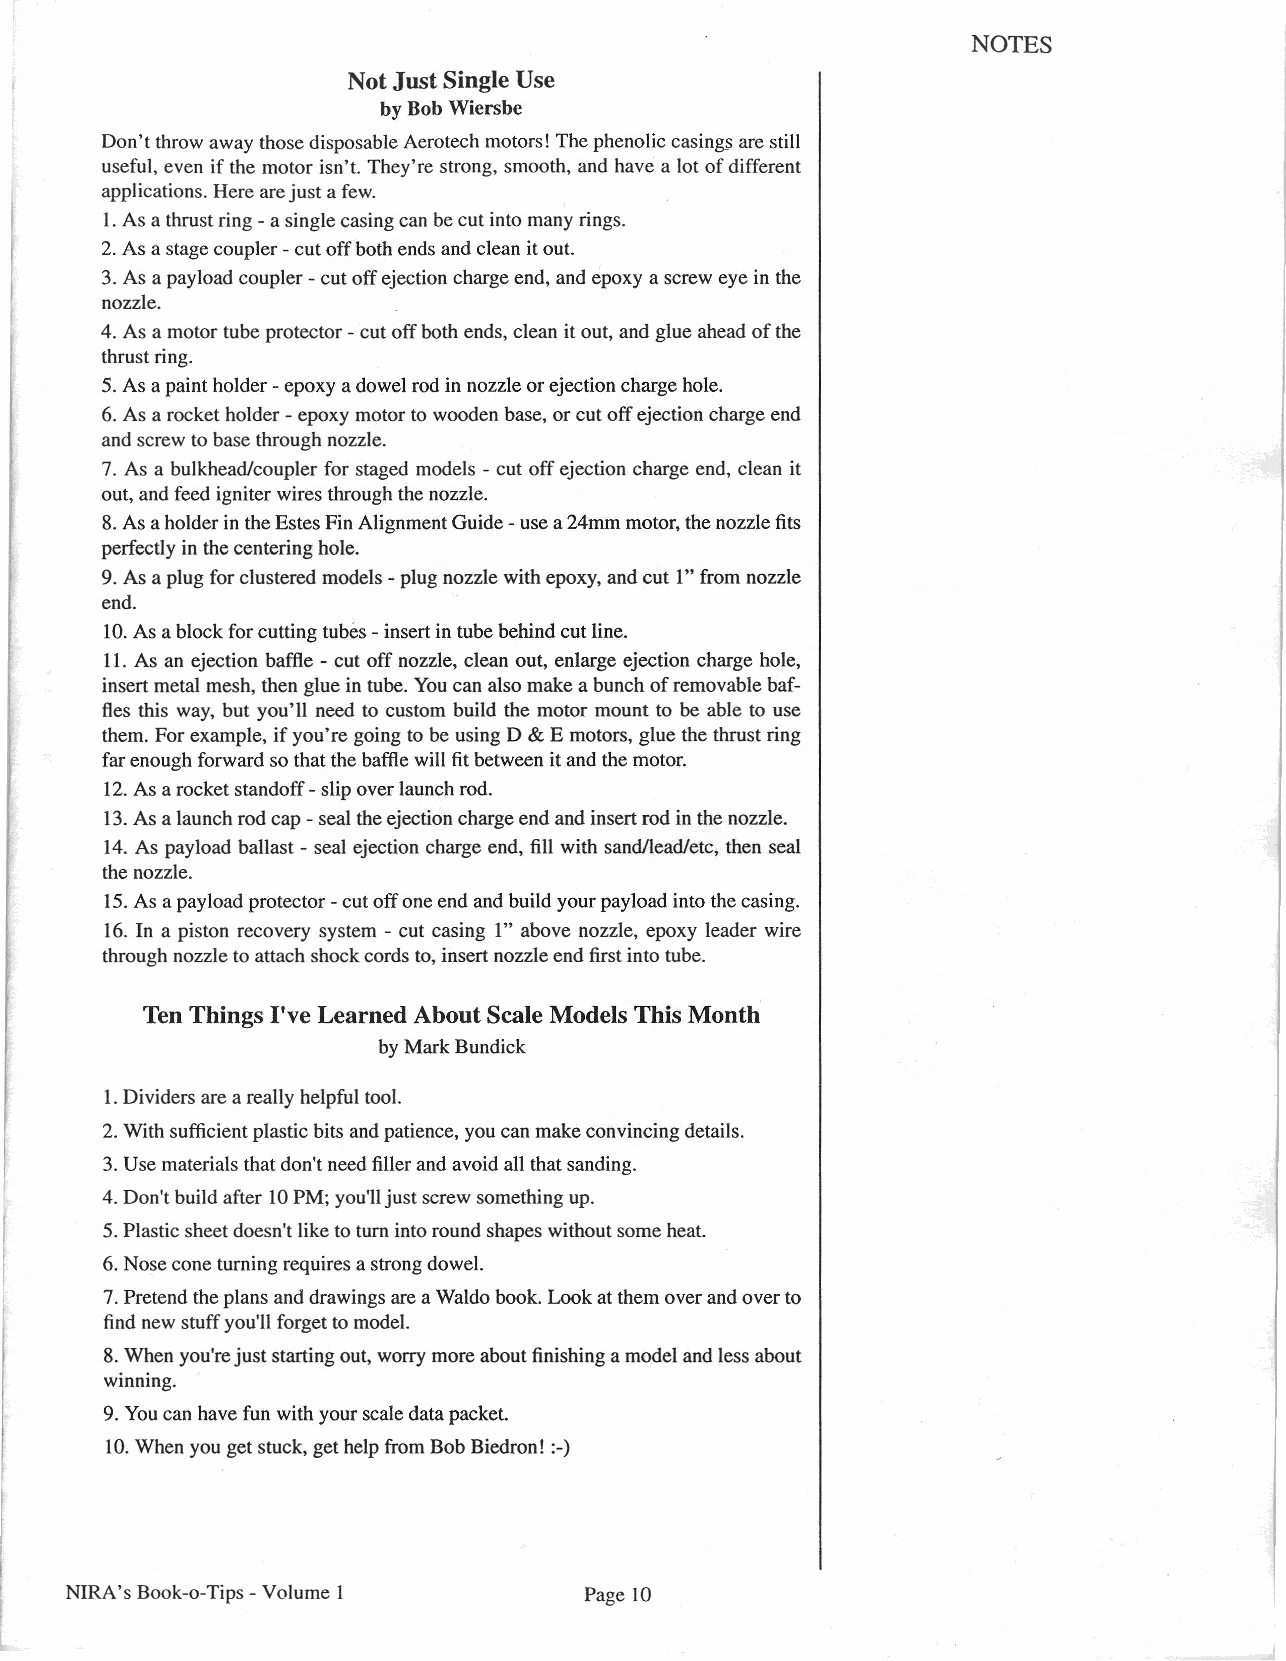
NOTES
 Not Just Single Use
 by Bob Wiers be
 Don't throwaway those disposable Aerotech motors! The phenolic casings are still
 useful, even if the motor isn't. They're strong, smooth, and have a lot of different
 applications. Here arejust afew.
 I. As a thrust ring - asingle casing can be cut into many rings.
 2. As a stage coupler -cut off both ends and clean itout.
 3. As a payload coupler - cut off ejection charge end, and epoxy a screw eye in the
 nozzle.
 4. As a motor tube protector - cut off both ends, clean it out, and glue ahead of the
 thrust ring.
 5. As apaint holder -epoxy adowel rod in nozzle or ejection charge hole.
 6. As a rocket holder - epoxy motor to wooden base, or cut off ejection charge end
 and screw to base through nozzle.
 7. As a bulkhead/coupler for staged models - cut off ejection charge end, clean it
 out, and feed igniter wires through the nozzle.
 8.As aholder in the Estes Fin Alignment Guide -use a24mm motor, the nozzle fits
 perfectly in the centering hole.
 9. As a plug for clustered models - plug nozzle with epoxy, and cut I" from nozzle
 end.
 10.As ablock for cutting tubes - insert in tube behind cut line.
 11. As an ejection baffle - cut off nozzle, clean out, enlarge ejection charge hole,
 insert metal mesh, then glue in tube. You can also make abunch of removable baf-
 fles this way, but you'll need to custom build the motor mount to be able to use
 them. For example, if you're going to be using D & E motors, glue the thrust ring
 far enough forward so that the baffle will fitbetween itand the motor.
 12.As arocket standoff - slip over launch rod.
 13.As alaunch rod cap - seal the ejection charge end and insert rod in the nozzle.
 14. As payload ballast - seal ejection charge end, fill with sand/lead/etc, then seal
 the nozzle.
 15.As apayload protector -cut off one end and build your payload into the casing.
 16. In a piston recovery system - cut casing I" above nozzle, epoxy leader wire
 through nozzle to attach shock cords to, insert nozzle end first into tube.
 Ten Things I've Learned About Scale Models This Month
 by Mark Bundick
 1.Dividers are a really helpful tool.
 2. With sufficient plastic bits and patience, you can make convincing details.
 3. Use materials that don't need filler and avoid all that sanding.
 4. Don't build after 10PM; you'll just screw something up.
 5. Plastic sheet doesn't like to turn into round shapes without some heat.
 6. Nose cone turning requires astrong dowel.
 7. Pretend the plans and drawings are aWaldo book. Look at them over and over to
 find new stuff you'll forget to model.
 8.When you're just starting out, worry more about finishing a model and less about
 winning.
 9. Youcan have fun with your scale data packet.
 10.When you get stuck, get help from Bob Biedron! :-)
 NIRA's Book-o-Tips - Volume I      Page 10